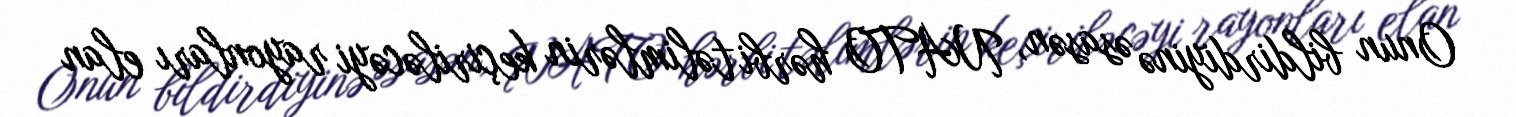
Onun bildirdiyinə əsasən, NATO hərbi təlimlərin keçiriləcəyi rayonları elan